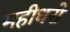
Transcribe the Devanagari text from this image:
महीधरो